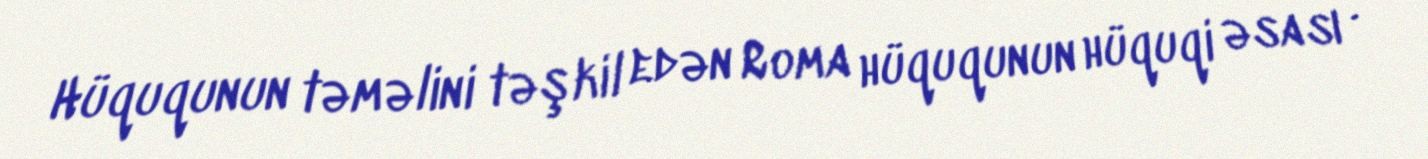
Hüququnun təməlini təşkil edən Roma hüququnun hüquqi əsası .